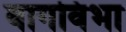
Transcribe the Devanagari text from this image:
वागविभा